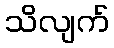
သိလျက်